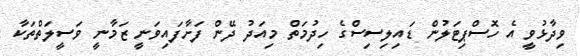
ވިދާޅުވީ އެ ހޮސްޕިޓަލުން ޑައިލިސިސްގެ ހިދުމަތް މިއަދު ދޭން ފަށާފައިވަނީ ޒަމާނީ ވަސީލަތްތަކާ